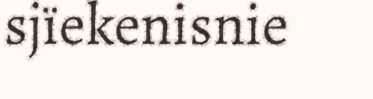
sjïekenisnie